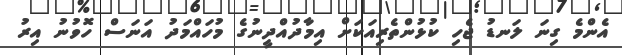
އެންމެ ގިނަ ލަނޑު ޖެހި ކުޅުންތެރިއަކަށް އިމާދުއްދީނުގެ މުހައްމަދު އަނަސް ހޮވުނު އިރު